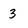
Character: 3